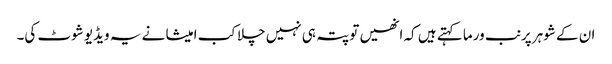
ان کے شوہر پرنب ورما کہتے ہیں کہ انھیں تو پتہ ہی نہیں چلا کب امیشا نے یہ ویڈیو شوٹ کی۔